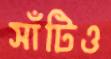
সাঁটিও